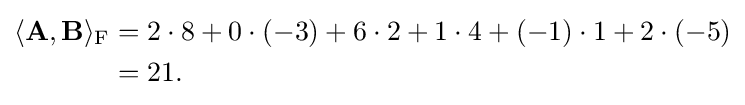
{\begin{aligned}\langle \mathbf {A} ,\mathbf {B} \rangle _{\mathrm {F} }&=2\cdot 8+0\cdot (-3)+6\cdot 2+1\cdot 4+(-1)\cdot 1+2\cdot (-5)\\&=21.\end{aligned}}